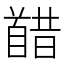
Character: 𫗸